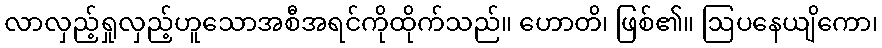
လာလှည့်ရှုလှည့်ဟူသောအစီအရင်ကိုထိုက်သည်။ ဟောတိ၊ ဖြစ်၏။ ဩပနေယျိကော၊